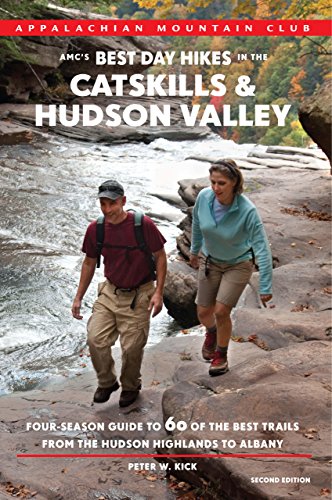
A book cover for AMC's Best Day Hikes in the Catskills and Hudson Valley: Four-Season Guide To 60 Of The Best Trails From The Hudson Highlands To Albany; Peter Kick; Travel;